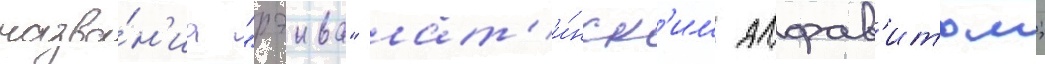
назва́н'иа "рэива" лат'и́нск'им алфав'итом;